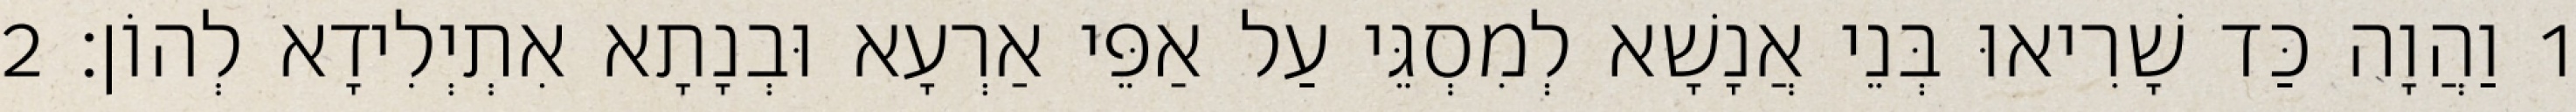
1 וַהֲוָה כַּד שָׁרִיאוּ בְּנֵי אֲנָשָׁא לְמִסְגֵּי עַל אַפֵּי אַרְעָא וּבְנָתָא אִתְיְלִידָא לְהוֹן׃ 2